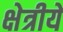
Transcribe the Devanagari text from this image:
क्षेत्रीये